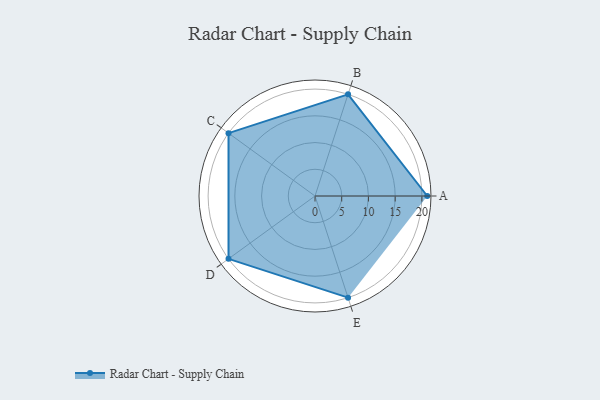
{"axis": {"x": "Skill", "y": "Score"}, "legend": ["Profile"], "data": [{"x": "A", "y": 21.0, "type": "Profile"}, {"x": "B", "y": 20, "type": "Profile"}, {"x": "C", "y": 20, "type": "Profile"}, {"x": "D", "y": 20, "type": "Profile"}, {"x": "E", "y": 20, "type": "Profile"}]}